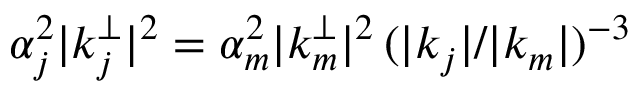
\alpha _ { j } ^ { 2 } | \boldsymbol { k } _ { j } ^ { \perp } | ^ { 2 } = \alpha _ { m } ^ { 2 } | \boldsymbol { k } _ { m } ^ { \perp } | ^ { 2 } \, ( | \boldsymbol { k } _ { j } | / | \boldsymbol { k } _ { m } | ) ^ { - 3 }